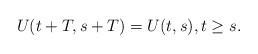
LaTeX: \begin{align*}U(t+T,s+T)=U(t,s),t\geq s.\end{align*}